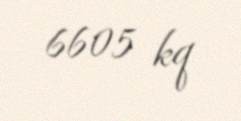
6605 kq